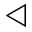
\triangleleft